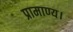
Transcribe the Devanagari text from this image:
प्रामाण्य।